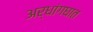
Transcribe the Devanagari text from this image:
अर्धांगघात